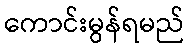
ကောင်းမွန်ရမည်